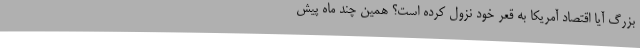
بزرگ آیا اقتصاد آمریکا به قعر خود نزول کرده است؟ همین چند ماه پیش